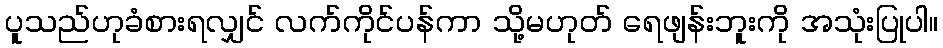
ပူသည်ဟုခံစားရလျှင် လက်ကိုင်ပန်ကာ သို့မဟုတ် ရေဖျန်းဘူးကို အသုံးပြုပါ။